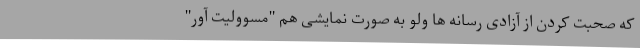
که صحبت کردن از آزادی رسانه ها ولو به صورت نمایشی هم "مسوولیت آور"